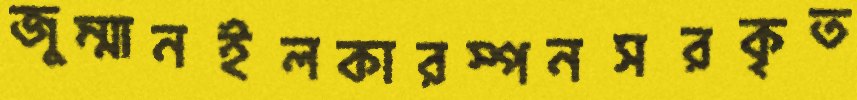
জুম্মানইলকারস্পনসরকৃত